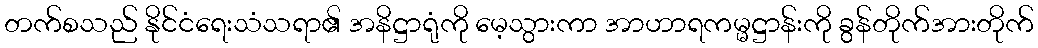
တက်စသည် နိုင်ငံရေးသံသရာ၏ အနိဋ္ဌာရုံကို မေ့သွားကာ အာဟာရကမ္မဋ္ဌာန်းကို ခွန်တိုက်အားတိုက်